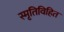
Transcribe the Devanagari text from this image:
स्मृतिविहित